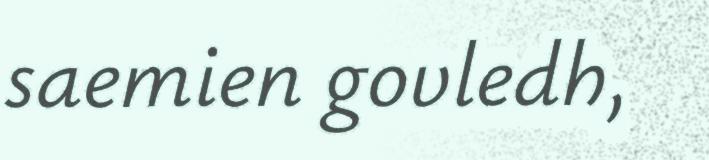
saemien govledh,